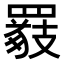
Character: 𦌖